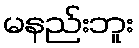
မနည်းဘူး